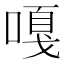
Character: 嘎